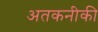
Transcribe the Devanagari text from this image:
अतकनीकी